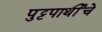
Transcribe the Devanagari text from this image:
पुट्टपार्थीचे